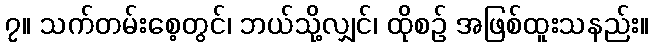
၇။ သက်တမ်းစေ့တွင်၊ ဘယ်သို့လျှင်၊ ထိုစဉ် အဖြစ်ထူးသနည်း။